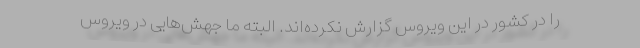
را در کشور در این ویروس گزارش نکرده‌اند. البته ما جهش‌هایی در ویروس